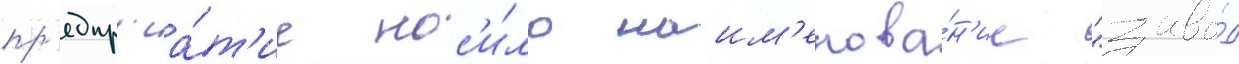
пр'едпр'иа́т'ие нос'и́ло наим'енова́н'ие "заво́д